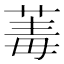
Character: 䓯